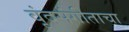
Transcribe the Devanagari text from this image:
वृंदसंगीताचा